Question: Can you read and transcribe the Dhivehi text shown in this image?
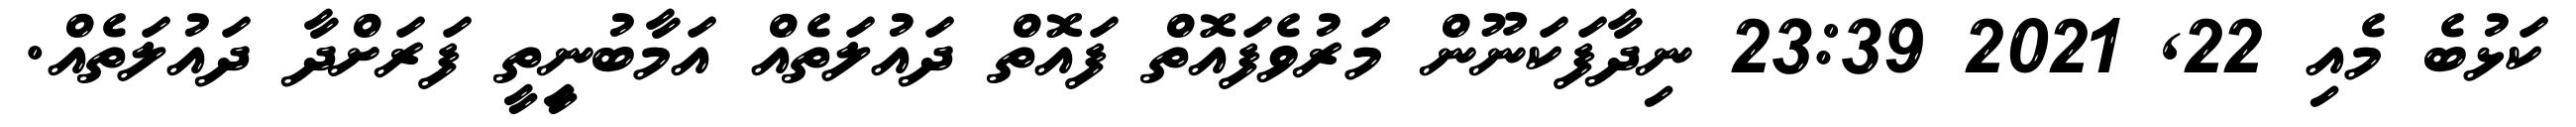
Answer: ކަޅުބެ މެއި 22, 2021 23:39 ނިދާފަކަނޫން މަރުވެފައޮތް ފައޮތް ދައުލަތެއް އަމާބުނީިތީ ފަރަށްދާ ދައުލަތެއް.